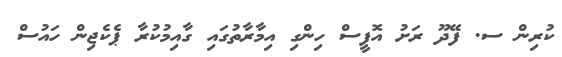
ކުރިން ސ. ފޭދޫ ރަށު އޮފީސް ހިންގި އިމާރާތުގައި ގާއިމުކުރާ ޕެކެޖިން ހައުސް